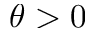
\theta > 0